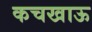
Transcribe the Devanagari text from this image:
कचखाऊ